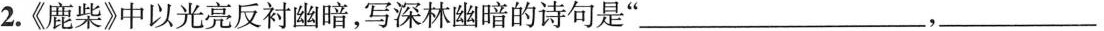
2.《鹿柴》中以光亮反衬幽暗，写深林幽暗的诗句是”___，___